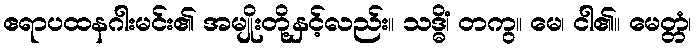
ဧရာပထနဂါးမင်း၏ အမျိုးတို့နှင့်လည်း။ သဒ္ဓိံ၊ တကွ။ မေ၊ ငါ၏။ မေတ္တံ၊